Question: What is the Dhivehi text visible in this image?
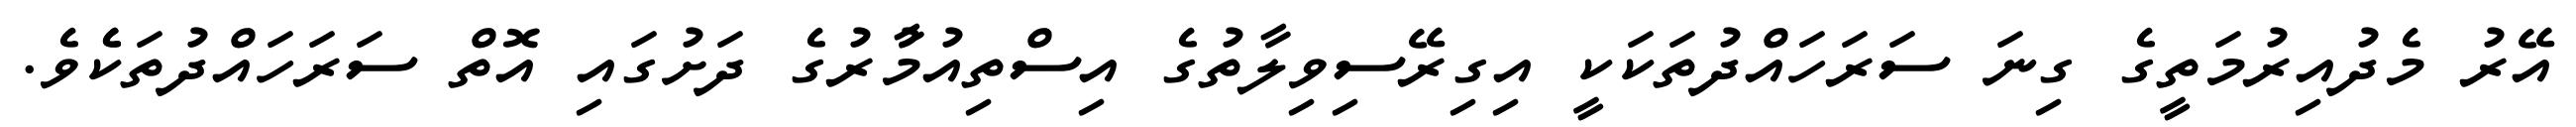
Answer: އޭރު މެދުއިރުމަތީގެ ގިނަ ސަރަހައްދުތަކަކީ އިގިރޭސިވިލާތުގެ އިސްތިއުމާުރުގެ ދަށުގައި އޮތް ސަރަހައްދުތަކެެވެ.